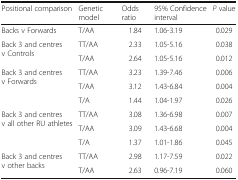
<table><thead><tr><td><b>Positional comparison</b></td><td><b>Genetic model</b></td><td><b>Odds ratio</b></td><td><b>95% Confidence interval</b></td><td><b><i>P</i> value</b></td></tr></thead><tbody><tr><td>Backs v Forwards</td><td>T/AA</td><td>1.84</td><td>1.06-3.19</td><td>0.029</td></tr><tr><td rowspan="2">Back 3 and centres v Controls</td><td>TT/AA</td><td>2.33</td><td>1.05-5.16</td><td>0.038</td></tr><tr><td>T/AA</td><td>2.64</td><td>1.05-5.16</td><td>0.012</td></tr><tr><td rowspan="3">Back 3 and centres v Forwards</td><td>TT/AA</td><td>3.23</td><td>1.39-7.46</td><td>0.006</td></tr><tr><td>T/AA</td><td>3.12</td><td>1.43-6.84</td><td>0.004</td></tr><tr><td>T/A</td><td>1.44</td><td>1.04-1.97</td><td>0.026</td></tr><tr><td rowspan="3">Back 3 and centres v all other RU athletes</td><td>TT/AA</td><td>3.08</td><td>1.36-6.98</td><td>0.007</td></tr><tr><td>T/AA</td><td>3.09</td><td>1.43-6.68</td><td>0.004</td></tr><tr><td>T/A</td><td>1.37</td><td>1.01-1.86</td><td>0.045</td></tr><tr><td rowspan="2">Back 3 and centres v other backs</td><td>TT/AA</td><td>2.98</td><td>1.17-7.59</td><td>0.022</td></tr><tr><td>T/AA</td><td>2.63</td><td>0.96-7.19</td><td>0.060</td></tr></tbody></table>